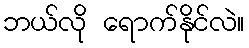
ဘယ်လို ရောက်နိုင်လဲ။